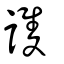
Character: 謢